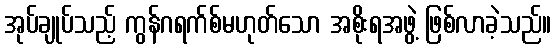
အုပ်ချုပ်သည့် ကွန်ဂရက်စ်မဟုတ်သော အစိုးရအဖွဲ့ ဖြစ်လာခဲ့သည်။